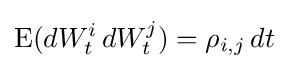
\operatorname {E} (dW_{t}^{i}\,dW_{t}^{j})=\rho _{i,j}\,dt